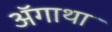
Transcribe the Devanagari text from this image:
ॲगाथा